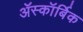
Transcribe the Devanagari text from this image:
ॲस्कॉर्बिक